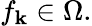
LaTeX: f_{\mathbf{k}}\in\Omega.